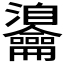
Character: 𪛎